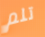
تلم